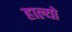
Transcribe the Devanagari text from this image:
हाल्‍यो